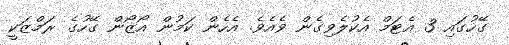
ގޭހުގައި 3 އެޓަމް އެކުލެވިގެން ވެއެވެ. އެހެން ކަމުން އޯޒޯން ގޭހުގެ ރަމްޒަކީ